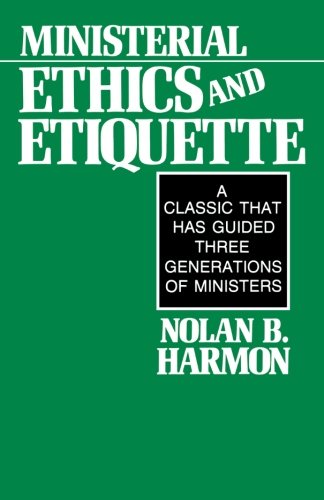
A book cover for Ministerial Ethics and Etiquette; Nolan Harmon; Christian Books & Bibles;